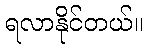
ရလာနိုင်တယ်။